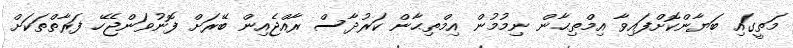
މަތީގައި ބަޔާންކޮށްފައިވާ އިމްތިޙާން ނިމުމުން އިމްތިޙާން ކަރުދާސް ރާއްޖެއިން ބޭރަށް ފޮނުވަންޖެހޭ ފަރާތްތަކަށް